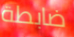
ضابطة